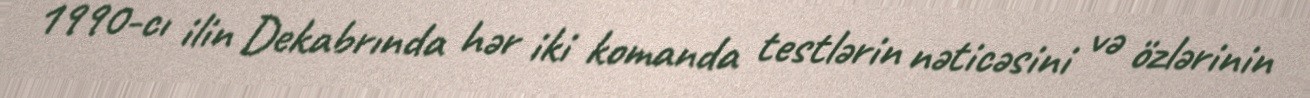
1990-cı ilin Dekabrında hər iki komanda testlərin nəticəsini və özlərinin